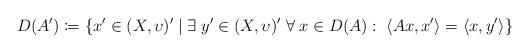
LaTeX: \begin{align*}D(A')\coloneqq\{x'\in(X,\upsilon)'\;|\;\exists\;y'\in(X,\upsilon)'\;\forall\;x\in D(A):\;\langle Ax,x' \rangle=\langle x, y' \rangle\}\end{align*}